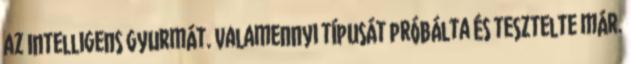
az Intelligens Gyurmát. Valamennyi típusát próbálta és tesztelte már.